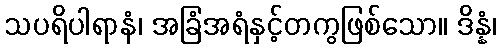
သပရိပါရာနံ၊ အခြံအရံနှင့်တကွဖြစ်သော။ ဒိန္နံ၊